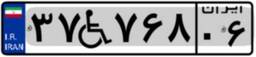
۵۱W۹۹۱۳۷